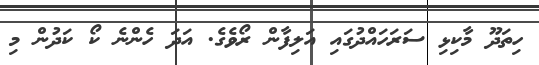
ހިތަދޫ މާކިޅި ސަރަހައްދުގައި އަލިފާން ރޯވެގެ. އަދަ ހެންނެ ކޯ ކަދުން މި